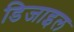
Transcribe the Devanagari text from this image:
डिजाइल